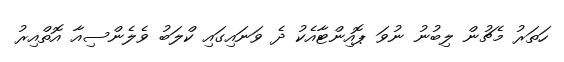
ހަތަރު މެޗުން ލިބުނު ނުވަ ޕޮއިންޓާއެކު ދެ ވަނައިގައި ކްލަބު ވެލެންސިއާ އޮތްއިރު